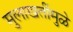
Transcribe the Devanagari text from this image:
मुलाखतींमुळे